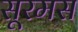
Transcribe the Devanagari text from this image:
सूरमस